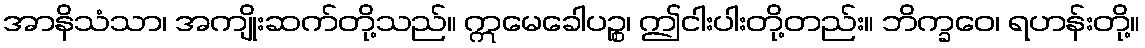
အာနိသံသာ၊ အကျိုးဆက်တို့သည်။ ဣမေခေါပဉ္စ၊ ဤငါးပါးတို့တည်း။ ဘိက္ခဝေ၊ ရဟန်းတို့။